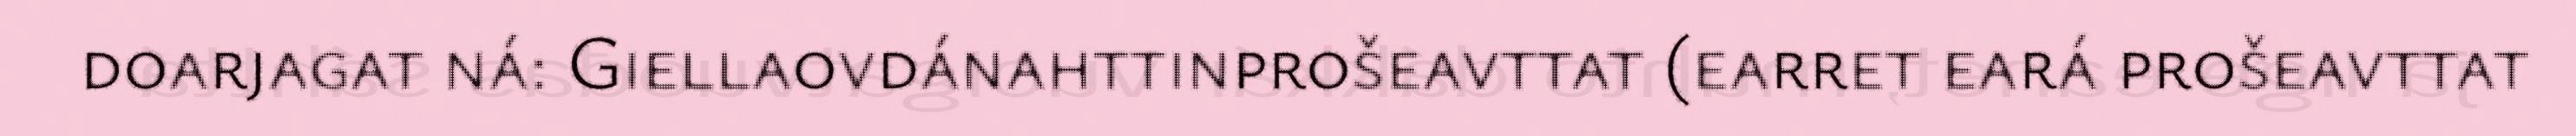
doarjagat ná: Giellaovdánahttinprošeavttat (earret eará prošeavttat